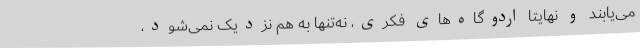
می‌یابند و نهایتاً اردوگاه‌های فکری، نه‌تنها به هم نزدیک نمی‌شود،